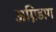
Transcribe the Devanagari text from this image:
अग्निडाग